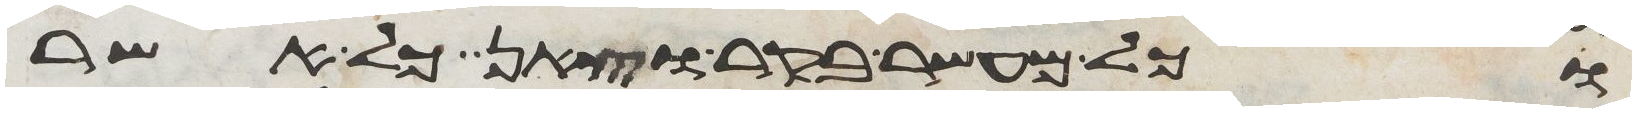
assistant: וכל מעשר בקר וצאן כל אשר